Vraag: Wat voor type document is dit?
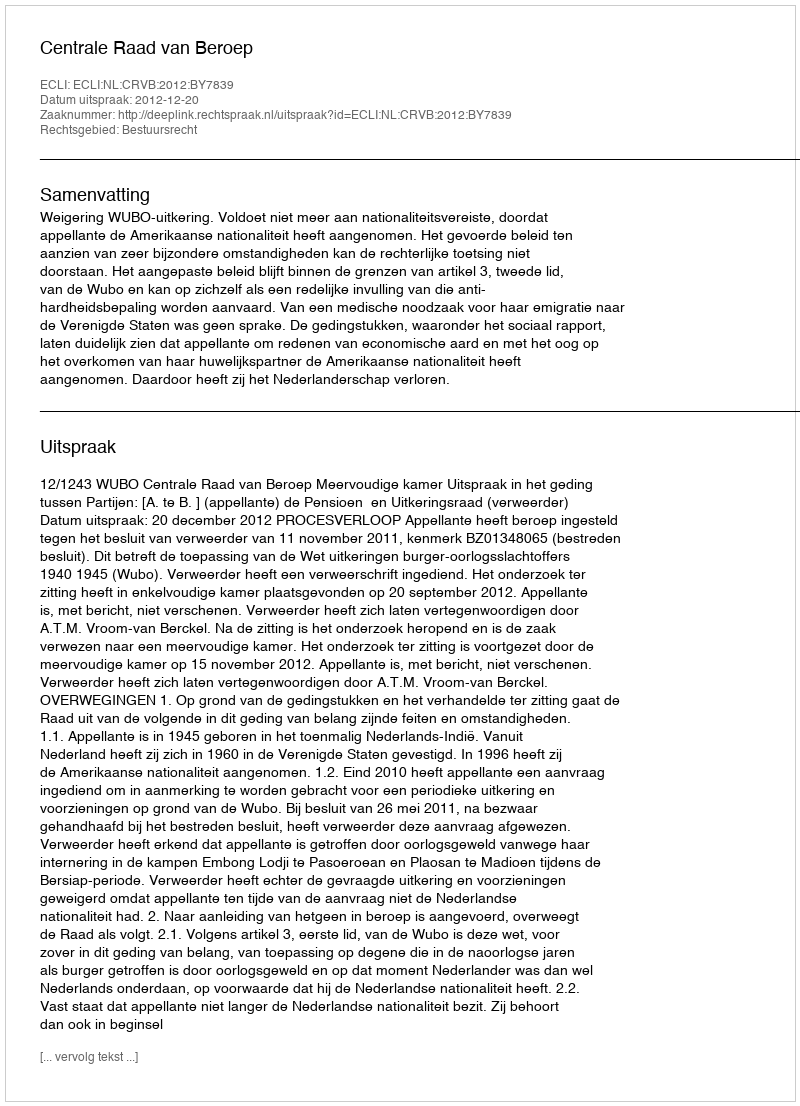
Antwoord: Uitspraak